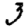
Digit: 3